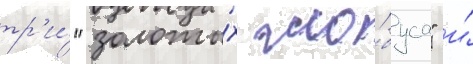
тр'и́ "золоты́х гло́буса" и́